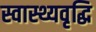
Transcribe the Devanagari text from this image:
स्वास्थ्यवृद्धि